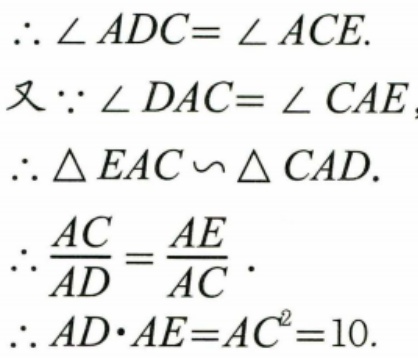
\(\begin{align}
&\therefore\angle ADC=\angle ACE.\\
&又\because\angle DAC = \angle CAE,\\
&\therefore\triangle EAC\backsim\triangle CAD.\\
&\therefore\frac{AC}{AD}=\frac{AE}{AC}.\\
&\therefore AD\cdot AE = AC^{2}=10.
\end{align}\)